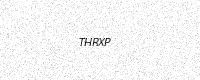
Text: THRXP